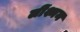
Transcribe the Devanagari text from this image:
लींश्मन